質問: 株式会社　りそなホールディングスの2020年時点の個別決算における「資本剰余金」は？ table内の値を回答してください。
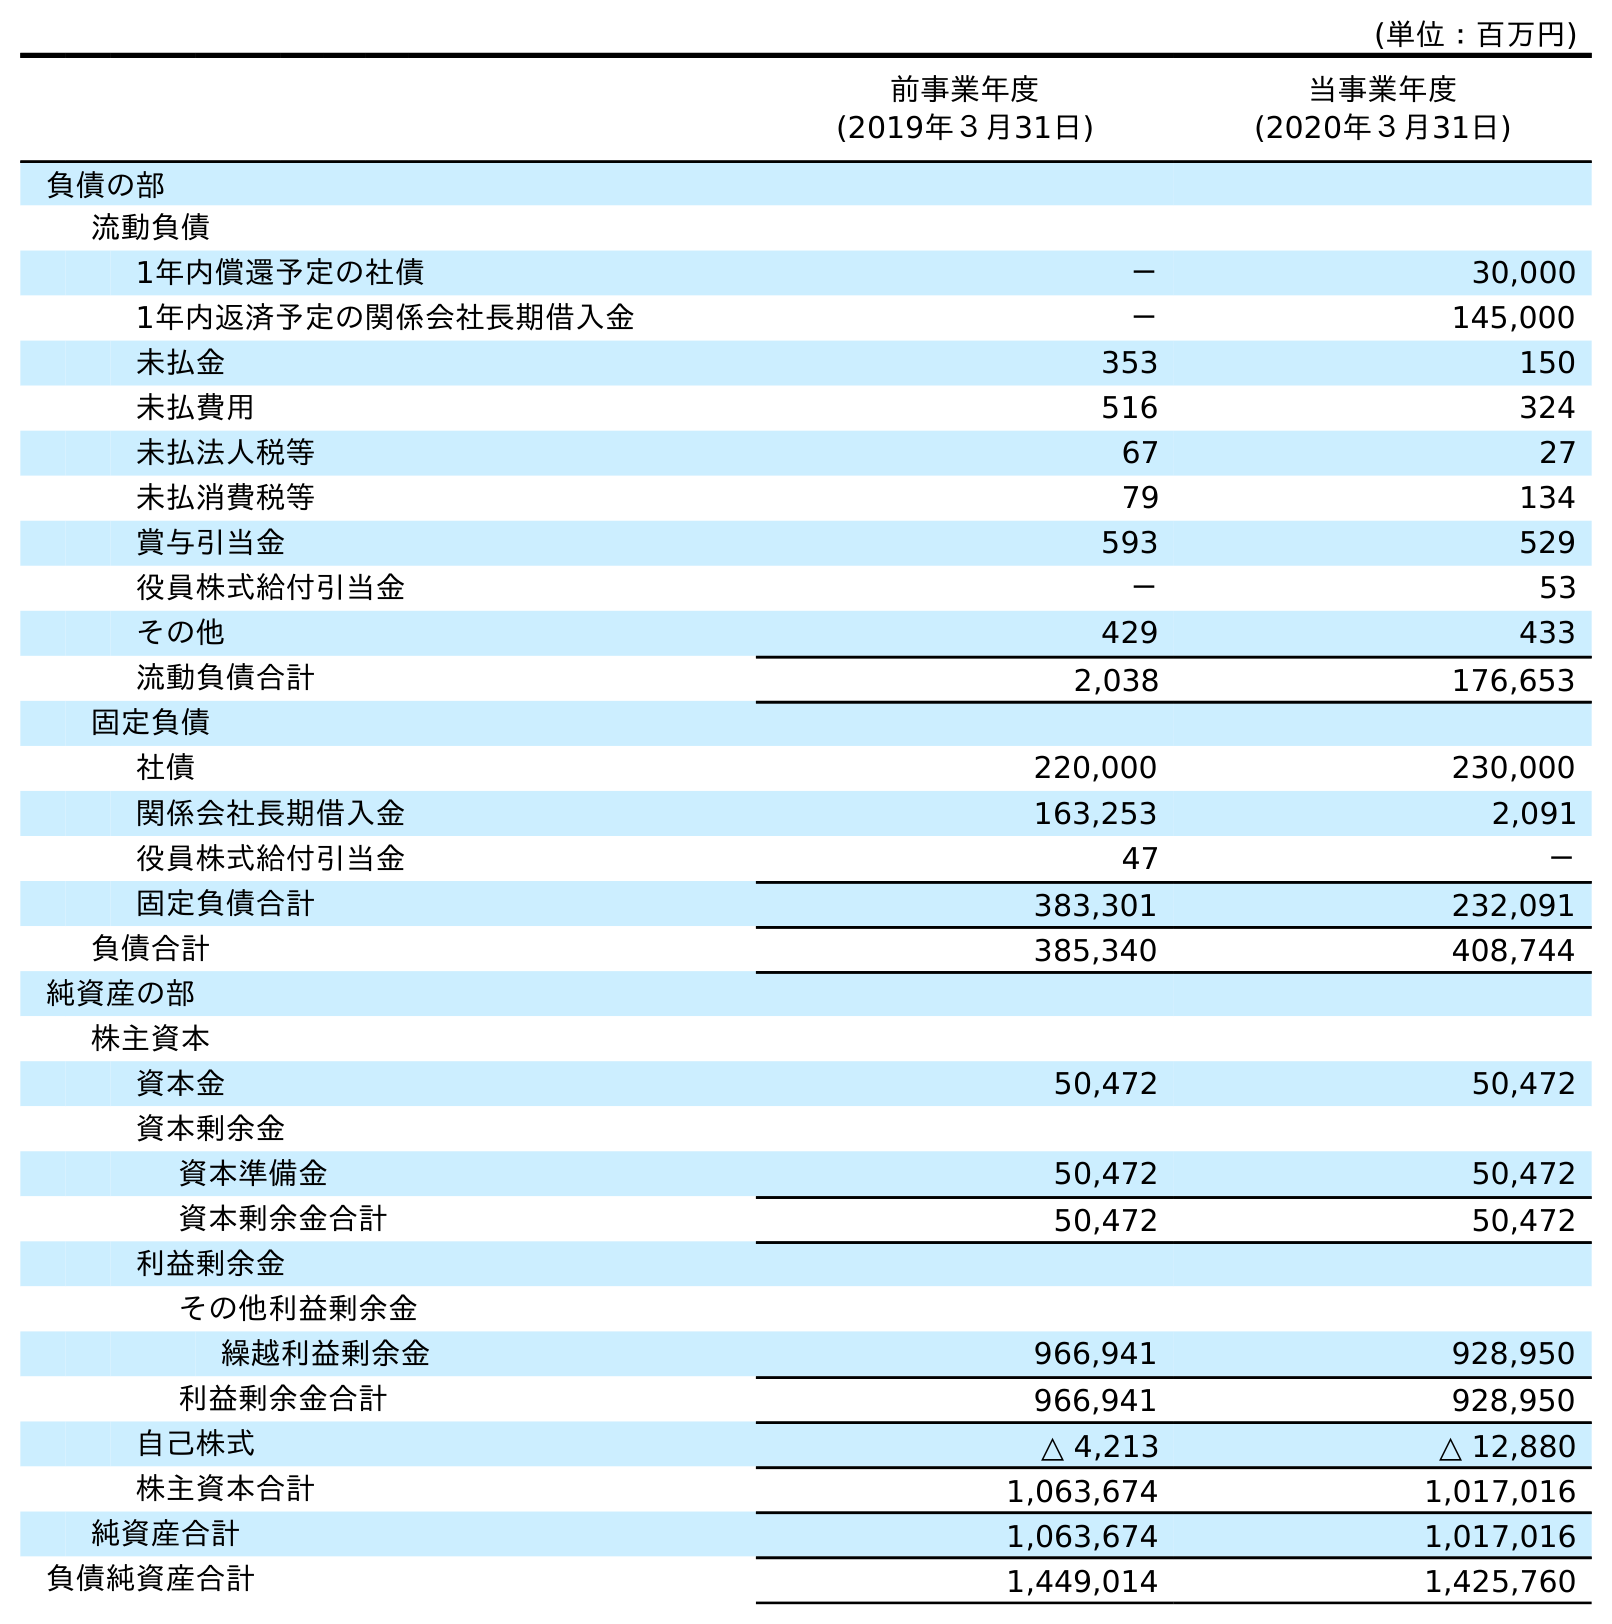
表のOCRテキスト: (単位：百万円) 前事業年度 (2019年３月31日) 当事業年度 (2020年３月31日) 負債の部 流動負債 1年内償還予定の社債 － 30,000 1年内返済予定の関係会社長期借入金 － 145,000 未払金 353 150 未払費用 516 324 未払法人税等 67 27 未払消費税等 79 134 賞与引当金 593 529 役員株式給付引当金 － 53 その他 429 433 流動負債合計 2,038 176,653 固定負債 社債 220,000 230,000 関係会社長期借入金 163,253 2,091 役員株式給付引当金 47 － 固定負債合計 383,301 232,091 負債合計 385,340 408,744 純資産の部 株主資本 資本金 50,472 50,472 資本剰余金 資本準備金 50,472 50,472 資本剰余金合計 50,472 50,472 利益剰余金 その他利益剰余金 繰越利益剰余金 966,941 928,950 利益剰余金合計 966,941 928,950 自己株式 △ 4,213 △ 12,880 株主資本合計 1,063,674 1,017,016 純資産合計 1,063,674 1,017,016 負債純資産合計 1,449,014 1,425,760
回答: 50,472